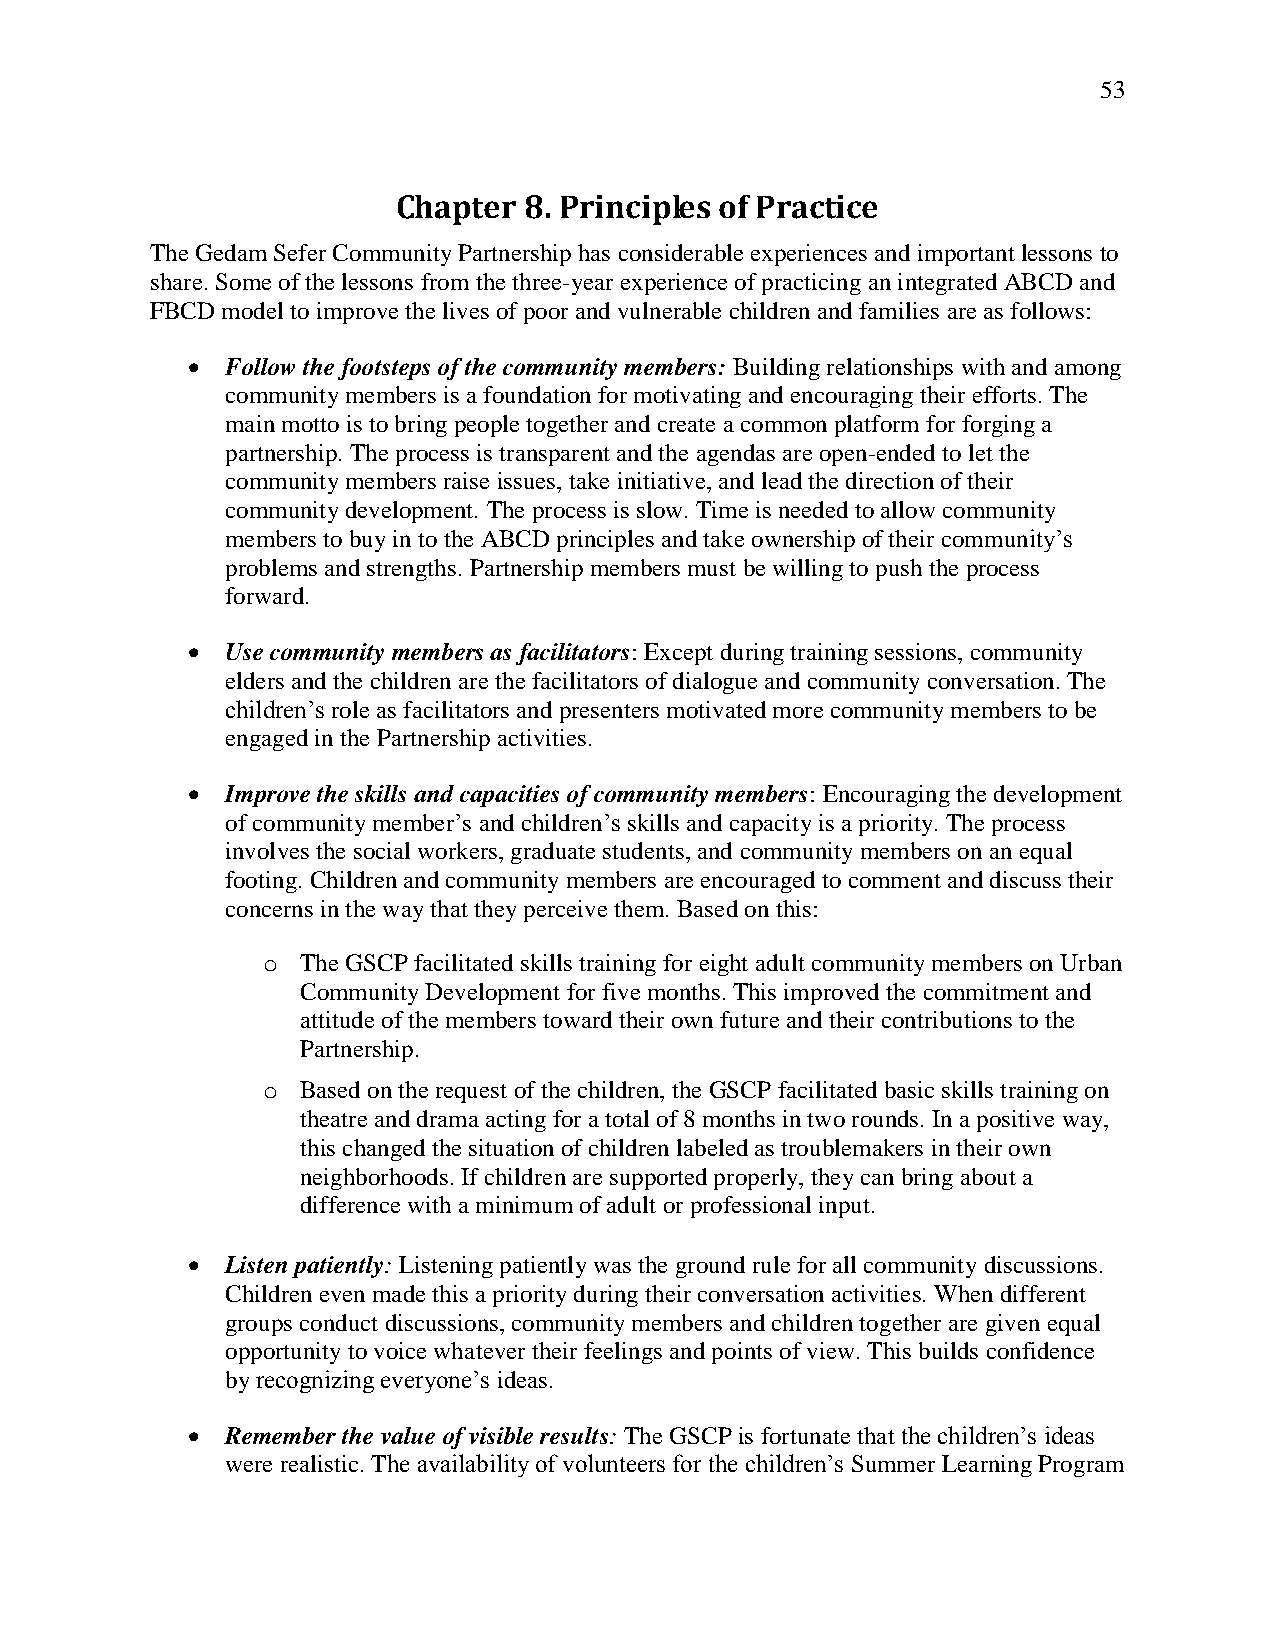
53
 Chapter  8. Principles of Practice
 The Gedam Sefer Community Partnership has considerable experiences and important lessons to
 share. Some of the lessons from the three-year experience of practicing an integrated ABCD and
 FBCD model to improve the lives of poor and vulnerable children and families are as follows:
   Follow the footsteps of the community members: Building relationships with and among
 community members is a foundation for motivating and encouraging their efforts. The
 main motto is to bring people together and create a common platform for forging a
 partnership. The process is transparent and the agendas are open-ended to let the
 community members raise issues, take initiative, and lead the direction of their
 community development. The process is slow. Time is needed to allow community
 members to buy in to the ABCD principles and take ownership of their community‘s
 problems and strengths. Partnership members must be willing to push the process
 forward.
   Use community members as facilitators: Except during training sessions, community
 elders and the children are the facilitators of dialogue and community conversation. The
 children‘s role as facilitators and presenters motivated more community members to be
 engaged in the Partnership activities.
   Improve the skills and capacities of community members: Encouraging the development
 of community member‘s and children‘s skills and capacity is a priority. The process
 involves the social workers, graduate students, and community members on an equal
 footing. Children and community members are encouraged to comment and discuss their
 concerns in the way that they perceive them. Based on this:
 o  The GSCP facilitated skills training for eight adult community members on Urban
 Community Development for five months. This improved the commitment and
 attitude of the members toward their own future and their contributions to the
 Partnership.
 o  Based on the request of the children, the GSCP facilitated basic skills training on
 theatre and drama acting for a total of 8 months in two rounds. In a positive way,
 this changed the situation of children labeled as troublemakers in their own
 neighborhoods. If children are supported properly, they can bring about a
 difference with a minimum of adult or professional input.
   Listen patiently: Listening patiently was the ground rule for all community discussions.
 Children even made this a priority during their conversation activities. When different
 groups conduct discussions, community members and children together are given equal
 opportunity to voice whatever their feelings and points of view. This builds confidence
 by recognizing everyone‘s ideas.
   Remember the value of visible results: The GSCP is fortunate that the children‘s ideas
 were realistic. The availability of volunteers for the children‘s Summer Learning Program